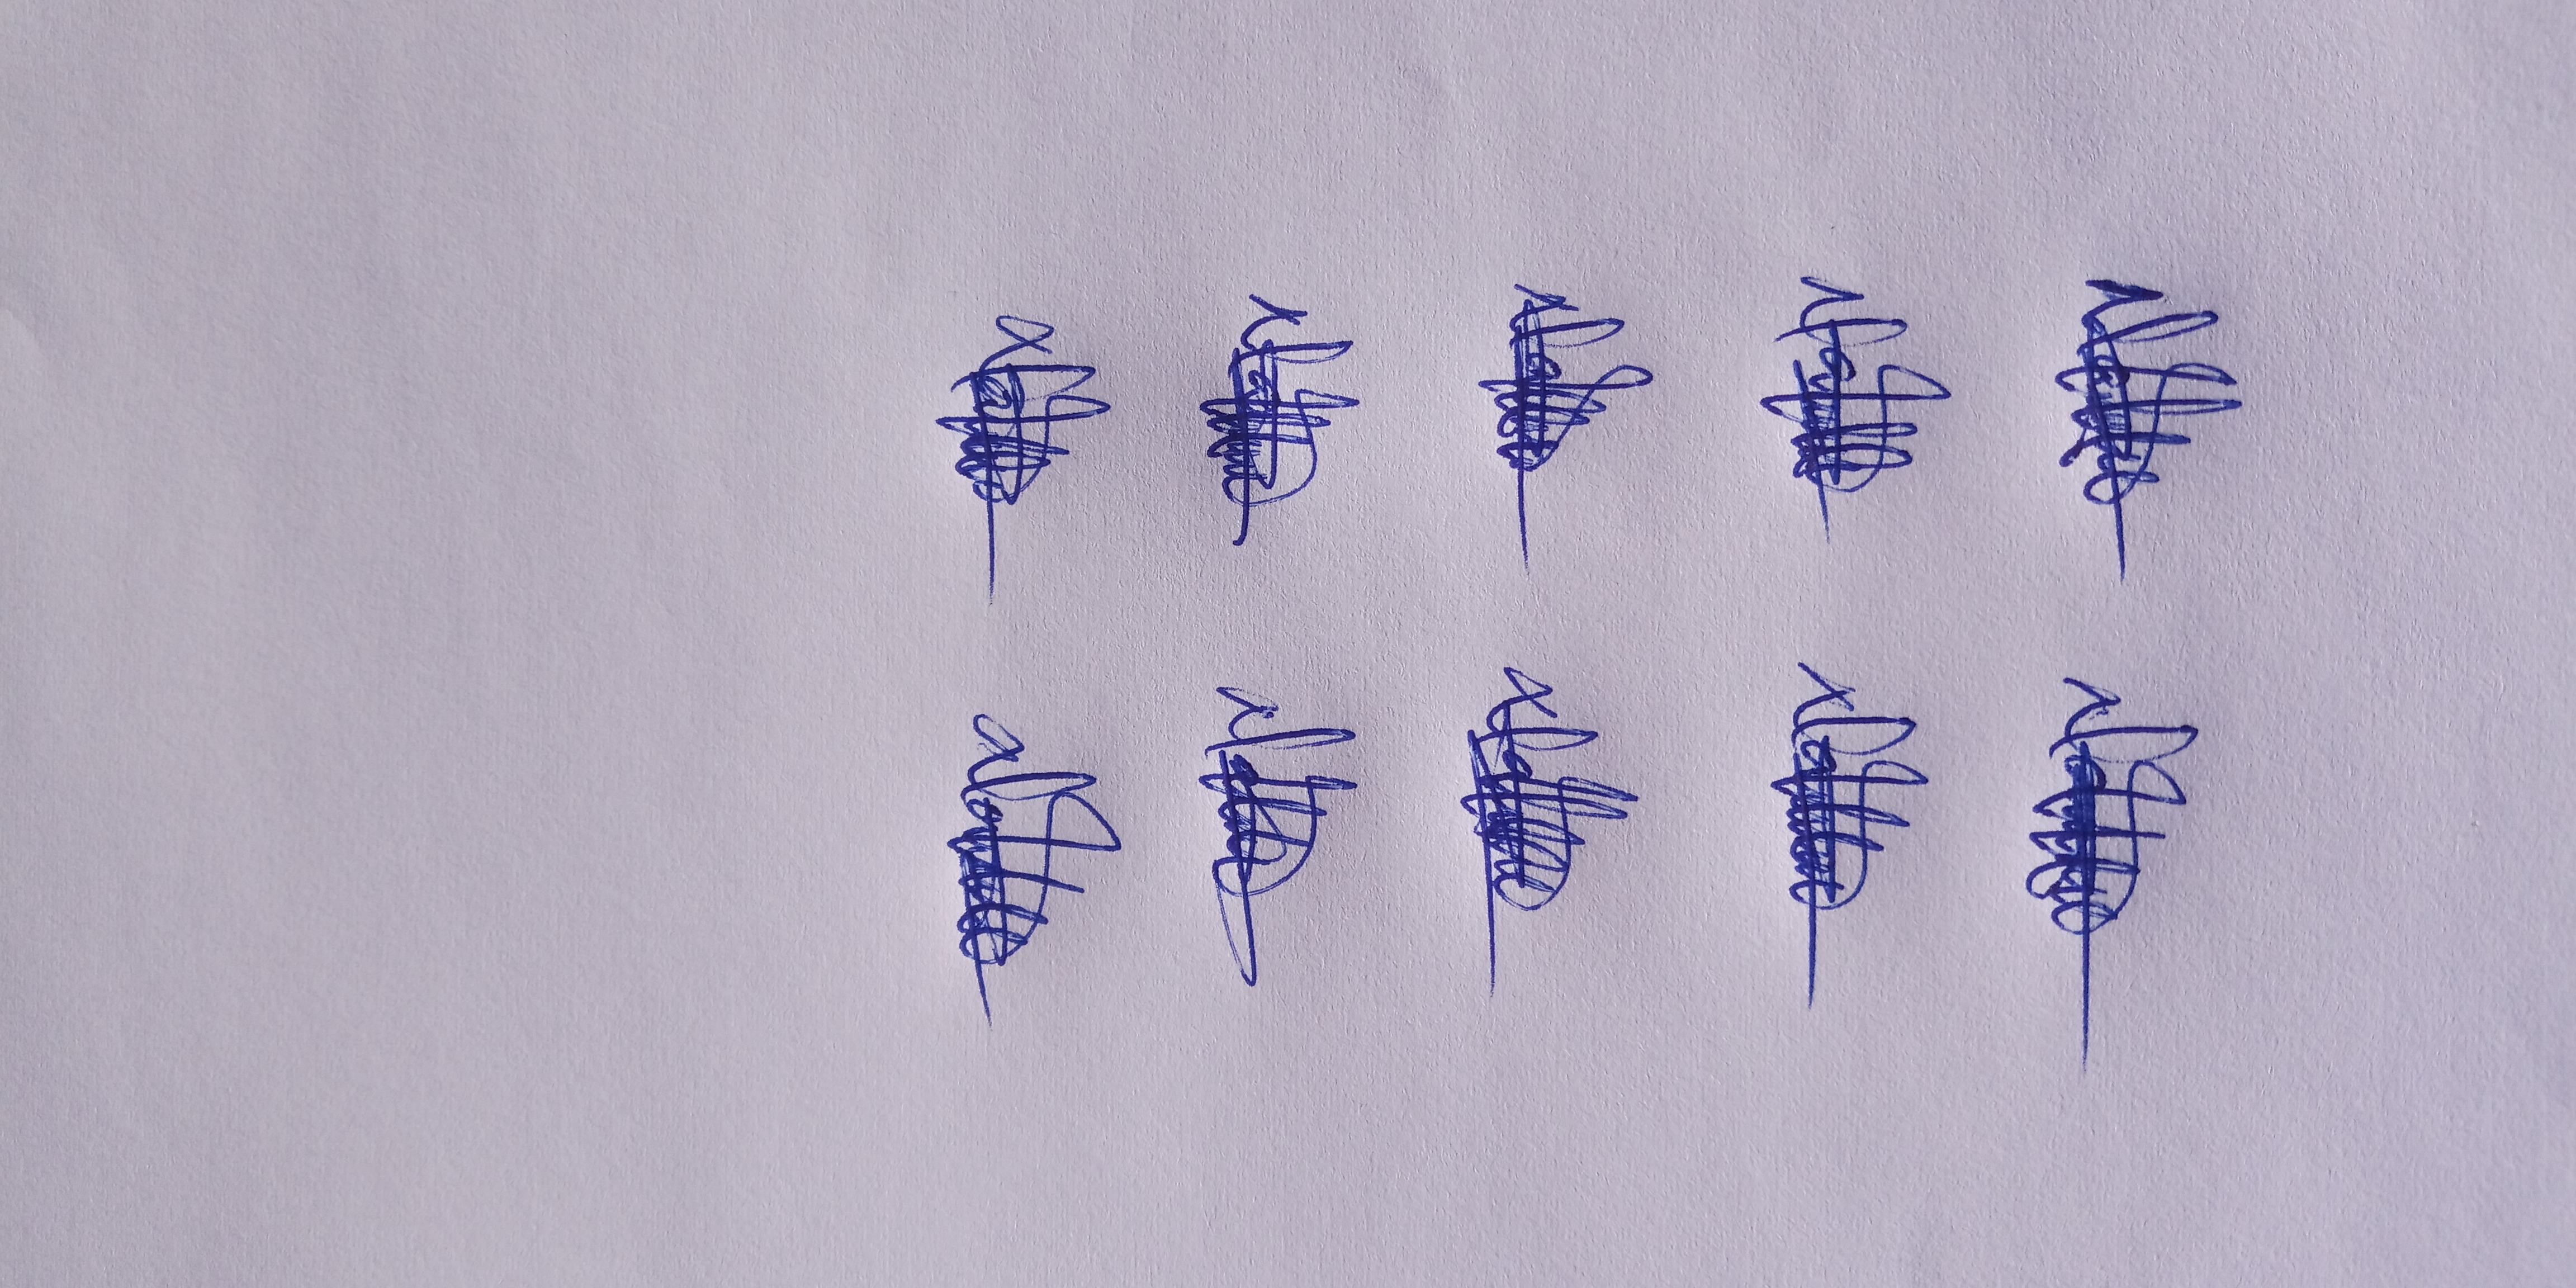
Signature authenticity: genuine